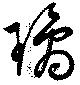
璃